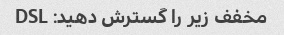
مخفف زیر را گسترش دهید: DSL